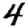
Digit: 4